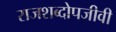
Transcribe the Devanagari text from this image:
राजशब्दोपजीवी